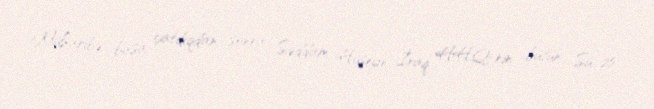
Müharibə başa çatdıqdan sonra Səddam Hüseyn İraq HHQ-nin bütün Su-25